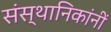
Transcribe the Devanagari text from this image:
संस्थानिकांनीं